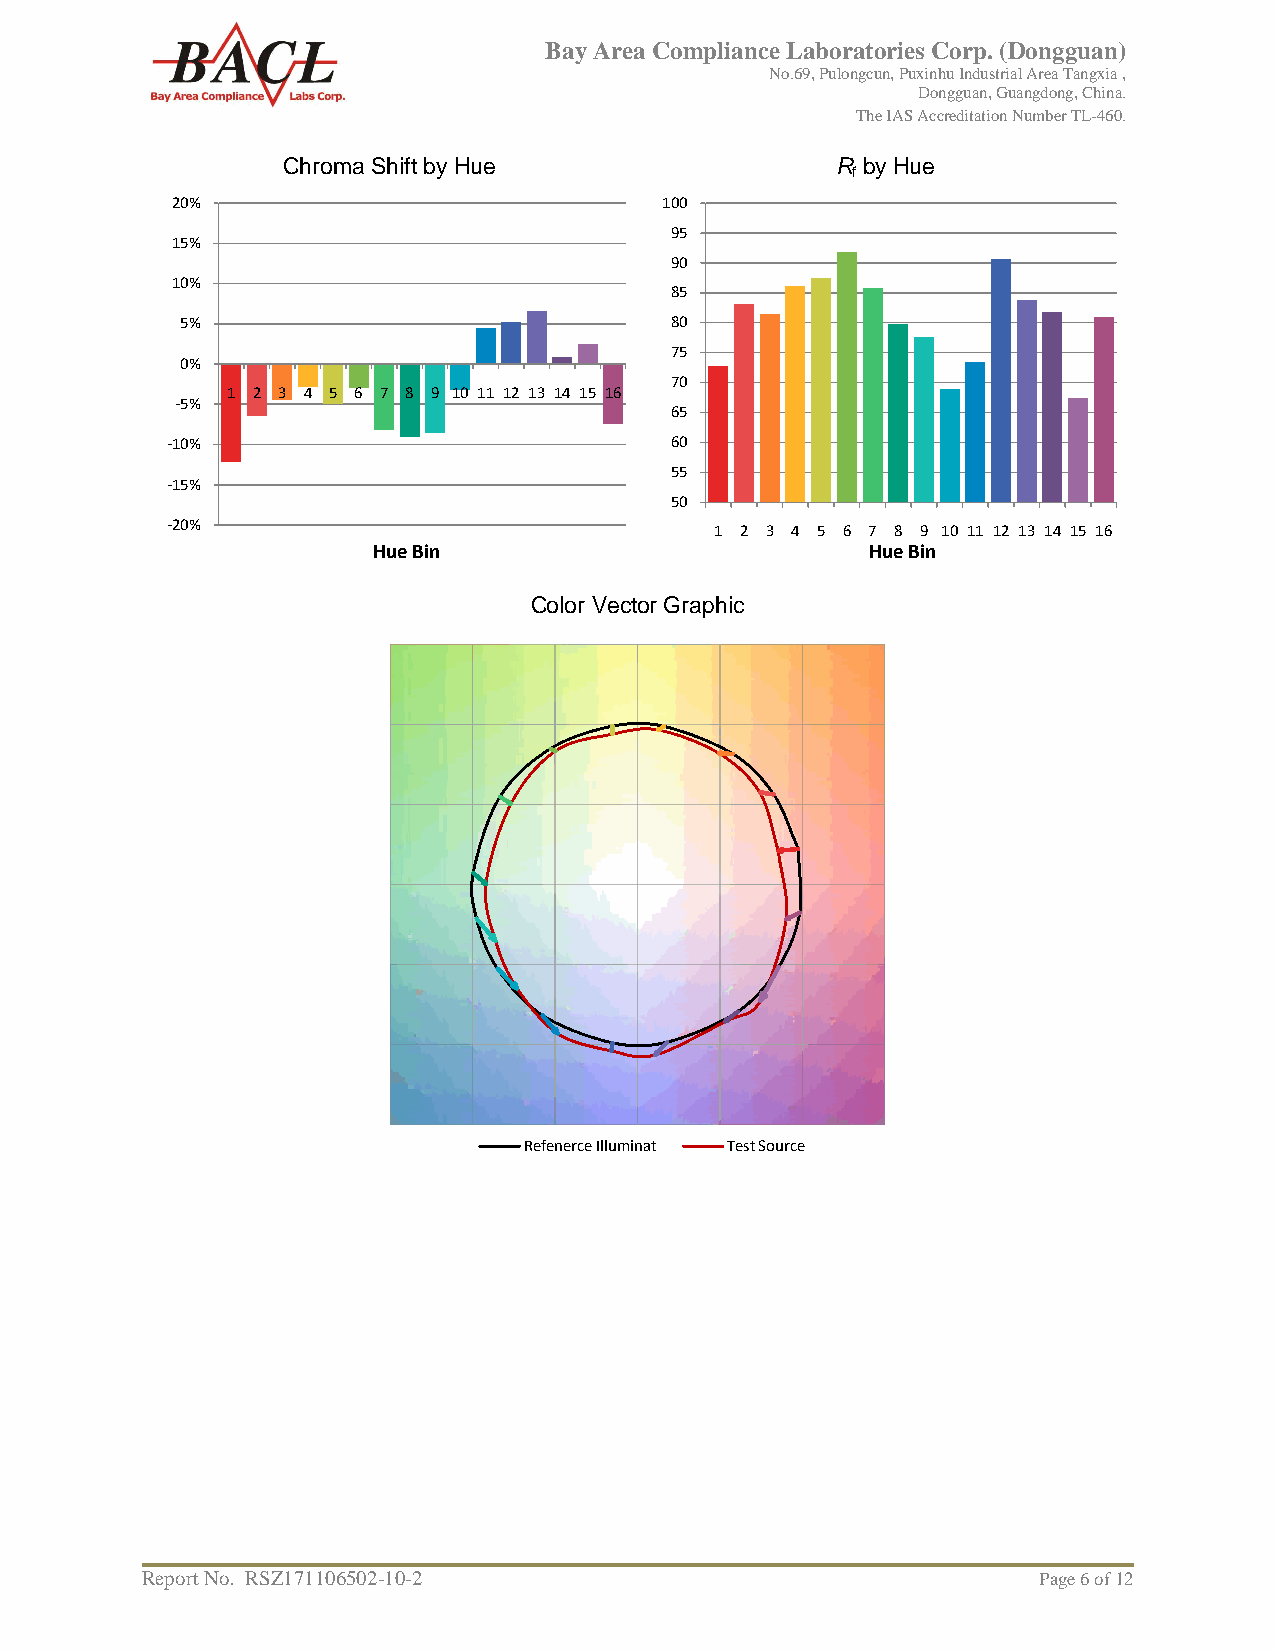
Bay Area Compliance Laboratories Corp. (Dongguan)
 No.69, Pulongcun, Puxinhu Industrial Area Tangxia ,
 Dongguan, Guangdong, China.
 The IAS Accreditation Number TL-460.
 Chroma Shift by Hue                 R by Hue
 f
 20%                              100
 95
 15%
 90
 10%
 85
 5%                              80
 75
 0%
 70
 1 2 3 4 5 6 7 8 9 10 11 12 13 14 15 16
 -5%
 65
 -10%                             60
 55
 -15%
 50
 -20%                                1 2 3 4 5 6 7 8 9 10 11 12 13 14 15 16
 Hue Bin                          Hue Bin
 Color Vector Graphic
 Refenerce Illuminat Test Source
 Report No. RSZ171106502-10-2                                Page 6 of 12